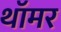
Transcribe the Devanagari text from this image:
थॉमर